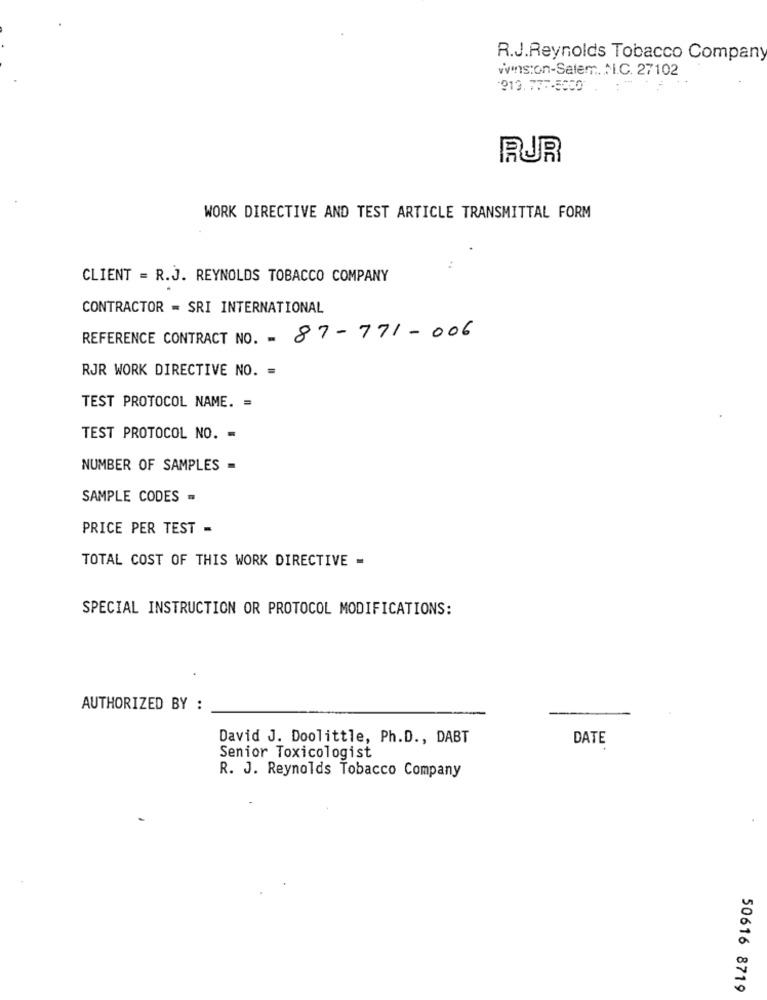
R.J.Reynolds Tobacco Company
winston-Salem. N.C. 27102
919.777-5000 . :
RUR
WORK DIRECTIVE AND TEST ARTICLE TRANSMITTAL FORM
CLIENT = R.J. REYNOLDS TOBACCO COMPANY
CONTRACTOR = SRI INTERNATIONAL
REFERENCE CONTRACT NO. - 87-771-006
RJR WORK DIRECTIVE NO. =
TEST PROTOCOL NAME. =
TEST PROTOCOL NO. =
NUMBER OF SAMPLES -
SAMPLE CODES =
PRICE PER TEST -
TOTAL COST OF THIS WORK DIRECTIVE -
SPECIAL INSTRUCTION OR PROTOCOL MODIFICATIONS:
AUTHORIZED BY :
David J. Doolittle, Ph.D ., DABT
DATE
Senior Toxicologist
R. J. Reynolds Tobacco Company
50616 8719